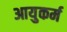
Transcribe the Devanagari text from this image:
आयुकर्म